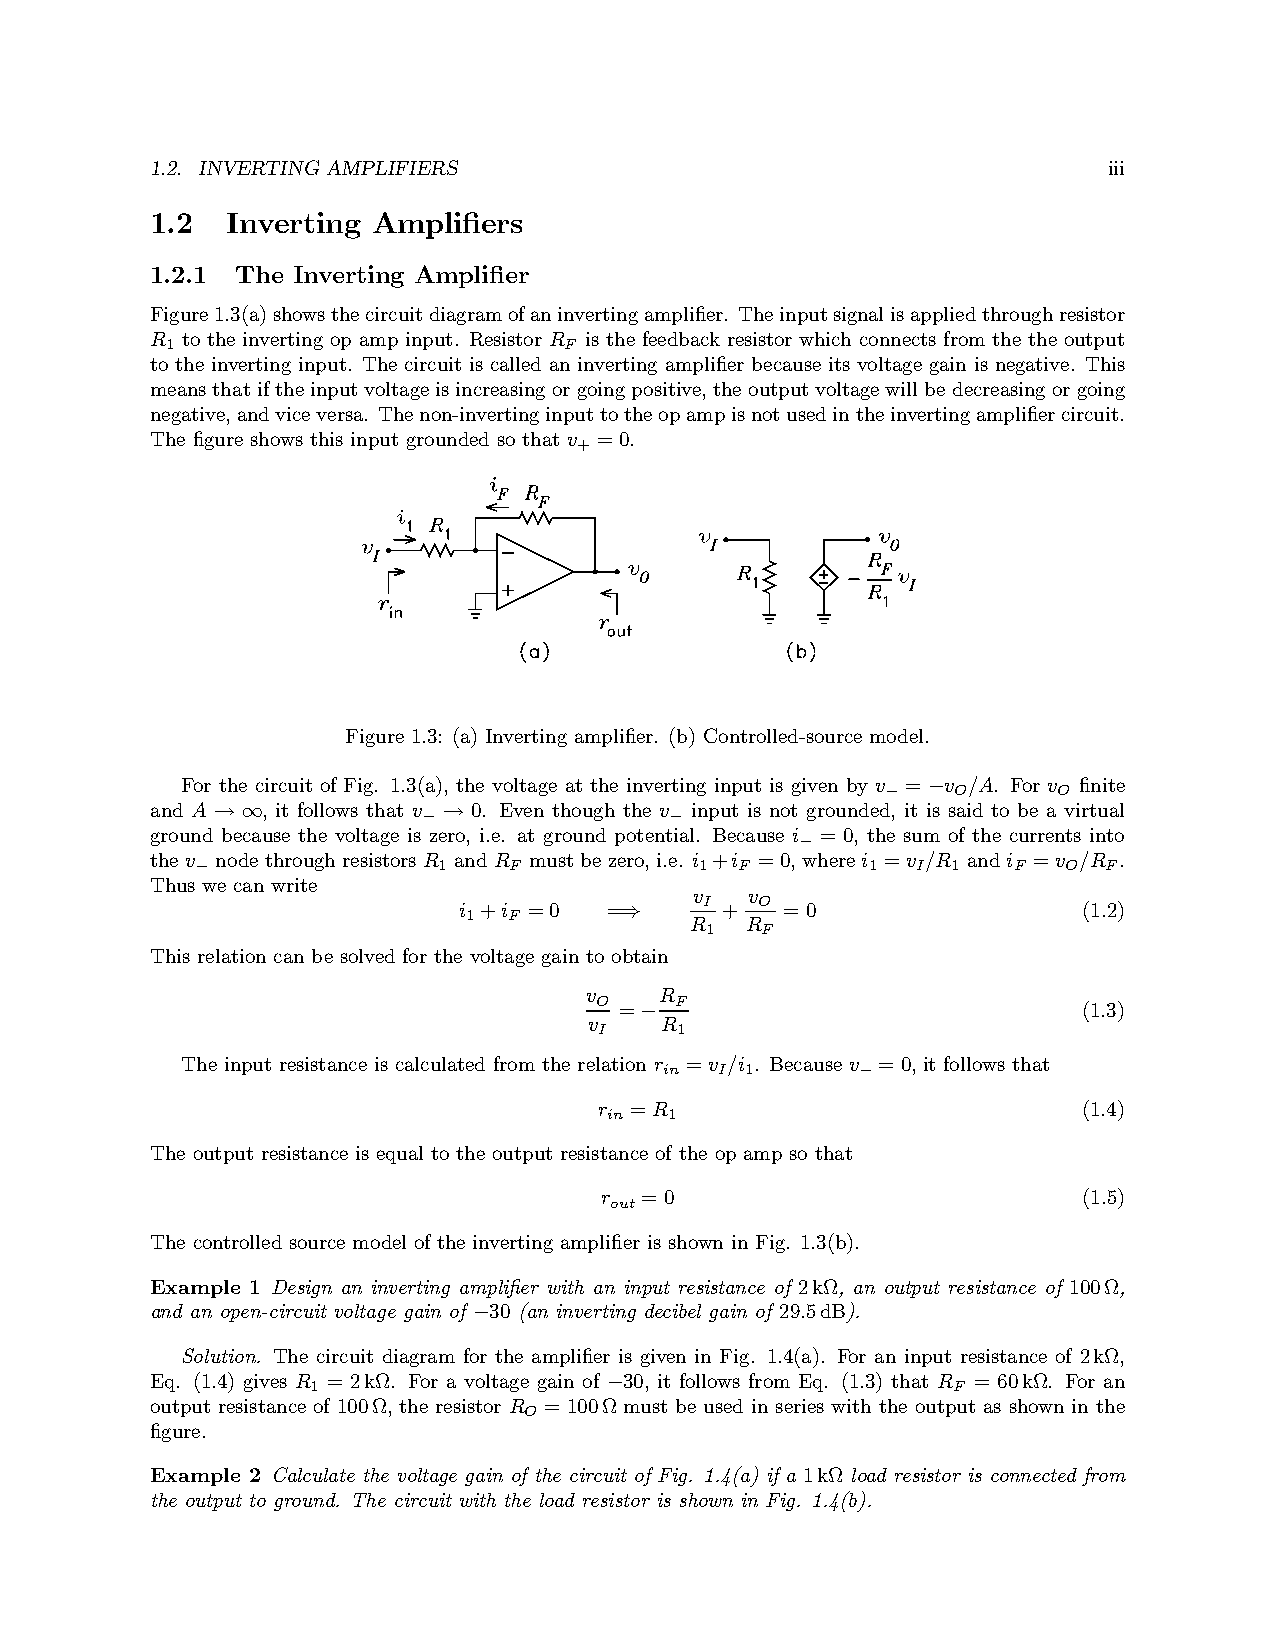
1.2. INVERTING AMPLIFIERS                                      iii
 1.2  Inverting Amplifiers
 1.2.1 The Inverting Amplifier
 Figure1.3(a)showsthecircuitdiagramofaninvertingamplifier. Theinputsignalisappliedthroughresistor
 R to the inverting op amp input. Resistor R is the feedback resistor which connects from the the output
 1                         F
 to the inverting input. The circuit is called an inverting amplifier because its voltage gain is negative. This
 meansthatiftheinputvoltageisincreasingor goingpositive,theoutputvoltagewillbedecreasing orgoing
 negative,andviceversa. Thenon-invertinginputtotheopampisnotusedintheinvertingamplifiercircuit.
 The figure shows this input grounded so that v =0.
 +
 Figure 1.3: (a) Inverting amplifier. (b) Controlled-source model.
 For the circuit of Fig. 1.3(a), the voltage at the inverting input is given by v− = v O/A. For v
 O
 finite
 −
 and A  , it follows that v− 0. Even though the v− input is not grounded, it is said to be a virtual
 → ∞            →
 ground because the voltage is zero, i.e. at ground potential. Because i− = 0, the sum of the currents into
 thev− nodethroughresistorsR
 1
 andR
 F
 mustbezero,i.e. i 1+i
 F
 =0,wherei
 1
 =v I/R
 1
 andi
 F
 =v O/R F.
 Thus we can write
 v   v
 I  O
 i +i =0   =       +   =0                  (1.2)
 1  F
 ⇒    R  R
 1  F
 This relation can be solved for the voltage gain to obtain
 v    R
 O     F
 =                              (1.3)
 v  −R
 I    1
 The input resistance is calculated from the relation r
 in
 =v I/i 1. Because v− =0, it follows that
 r =R                            (1.4)
 in  1
 The output resistance is equal to the output resistance of the op amp so that
 r =0                            (1.5)
 out
 The controlled source model of the inverting amplifier is shown in Fig. 1.3(b).
 Example 1 Design an inverting amplifier with an input resistance of 2kΩ, an output resistance of 100Ω,
 and an open-circuit voltage gain of 30 (an inverting decibel gain of 29.5dB).
 −
 Solution. The circuit diagram for the amplifier is given in Fig. 1.4(a). For an input resistance of 2kΩ,
 Eq. (1.4) gives R = 2kΩ. For a voltage gain of 30, it follows from Eq. (1.3) that R = 60kΩ. For an
 1                                         F
 −
 output resistance of 100Ω, the resistor R =100Ω must be used in series with the output as shown in the
 O
 figure.
 Example 2 Calculate the voltage gain of the circuit of Fig. 1.4(a) if a 1kΩ load resistor is connected from
 the output to ground. The circuit with the load resistor is shown in Fig. 1.4(b).